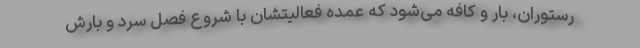
رستوران، بار و کافه می‌شود که عمده فعالیتشان با شروع فصل سرد و بارش